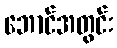
ဘောင်အတွင်း